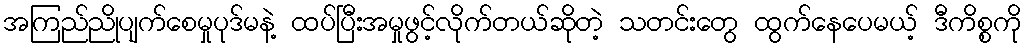
အကြည်ညိုပျက်စေမှုပုဒ်မနဲ့ ထပ်ပြီးအမှုဖွင့်လိုက်တယ်ဆိုတဲ့ သတင်းတွေ ထွက်နေပေမယ့် ဒီကိစ္စကို